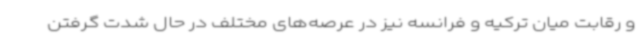
و رقابت میان ترکیه و فرانسه نیز در عرصه‌های مختلف در حال شدت گرفتن